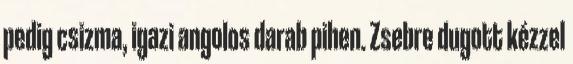
pedig csizma, igazi angolos darab pihen. Zsebre dugott kézzel